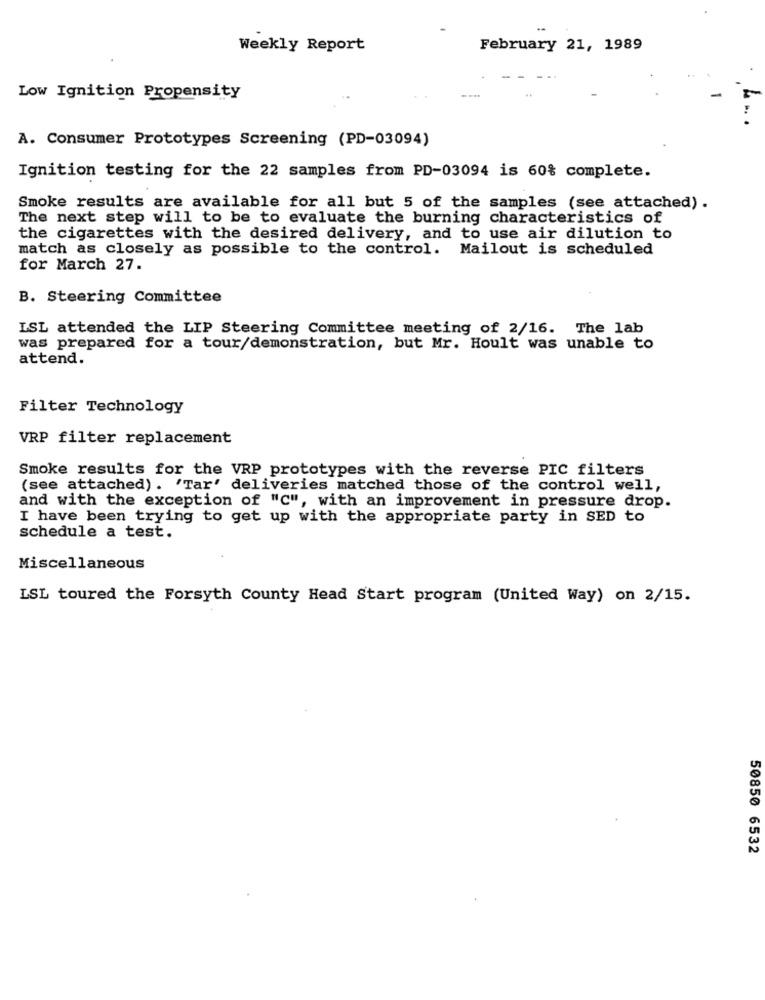
Weekly Report
February 21, 1989
Low Ignition Propensity
A. Consumer Prototypes Screening (PD-03094)
Ignition testing for the 22 samples from PD-03094 is 60% complete.
Smoke results are available for all but 5 of the samples (see attached).
The next step will to be to evaluate the burning characteristics of
the cigarettes with the desired delivery, and to use air dilution to
match as closely as possible to the control. Mailout is scheduled
for March 27.
B. Steering Committee
ISL attended the LIP Steering Committee meeting of 2/16. The lab
was prepared for a tour/demonstration, but Mr. Hoult was unable to
attend.
Filter Technology
VRP filter replacement
Smoke results for the VRP prototypes with the reverse PIC filters
(see attached). 'Tar' deliveries matched those of the control well,
and with the exception of "C", with an improvement in pressure drop.
I have been trying to get up with the appropriate party in SED to
schedule a test.
Miscellaneous
LSL toured the Forsyth County Head Start program (United Way) on 2/15.
50850 6532